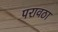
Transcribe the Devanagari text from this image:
परावठा